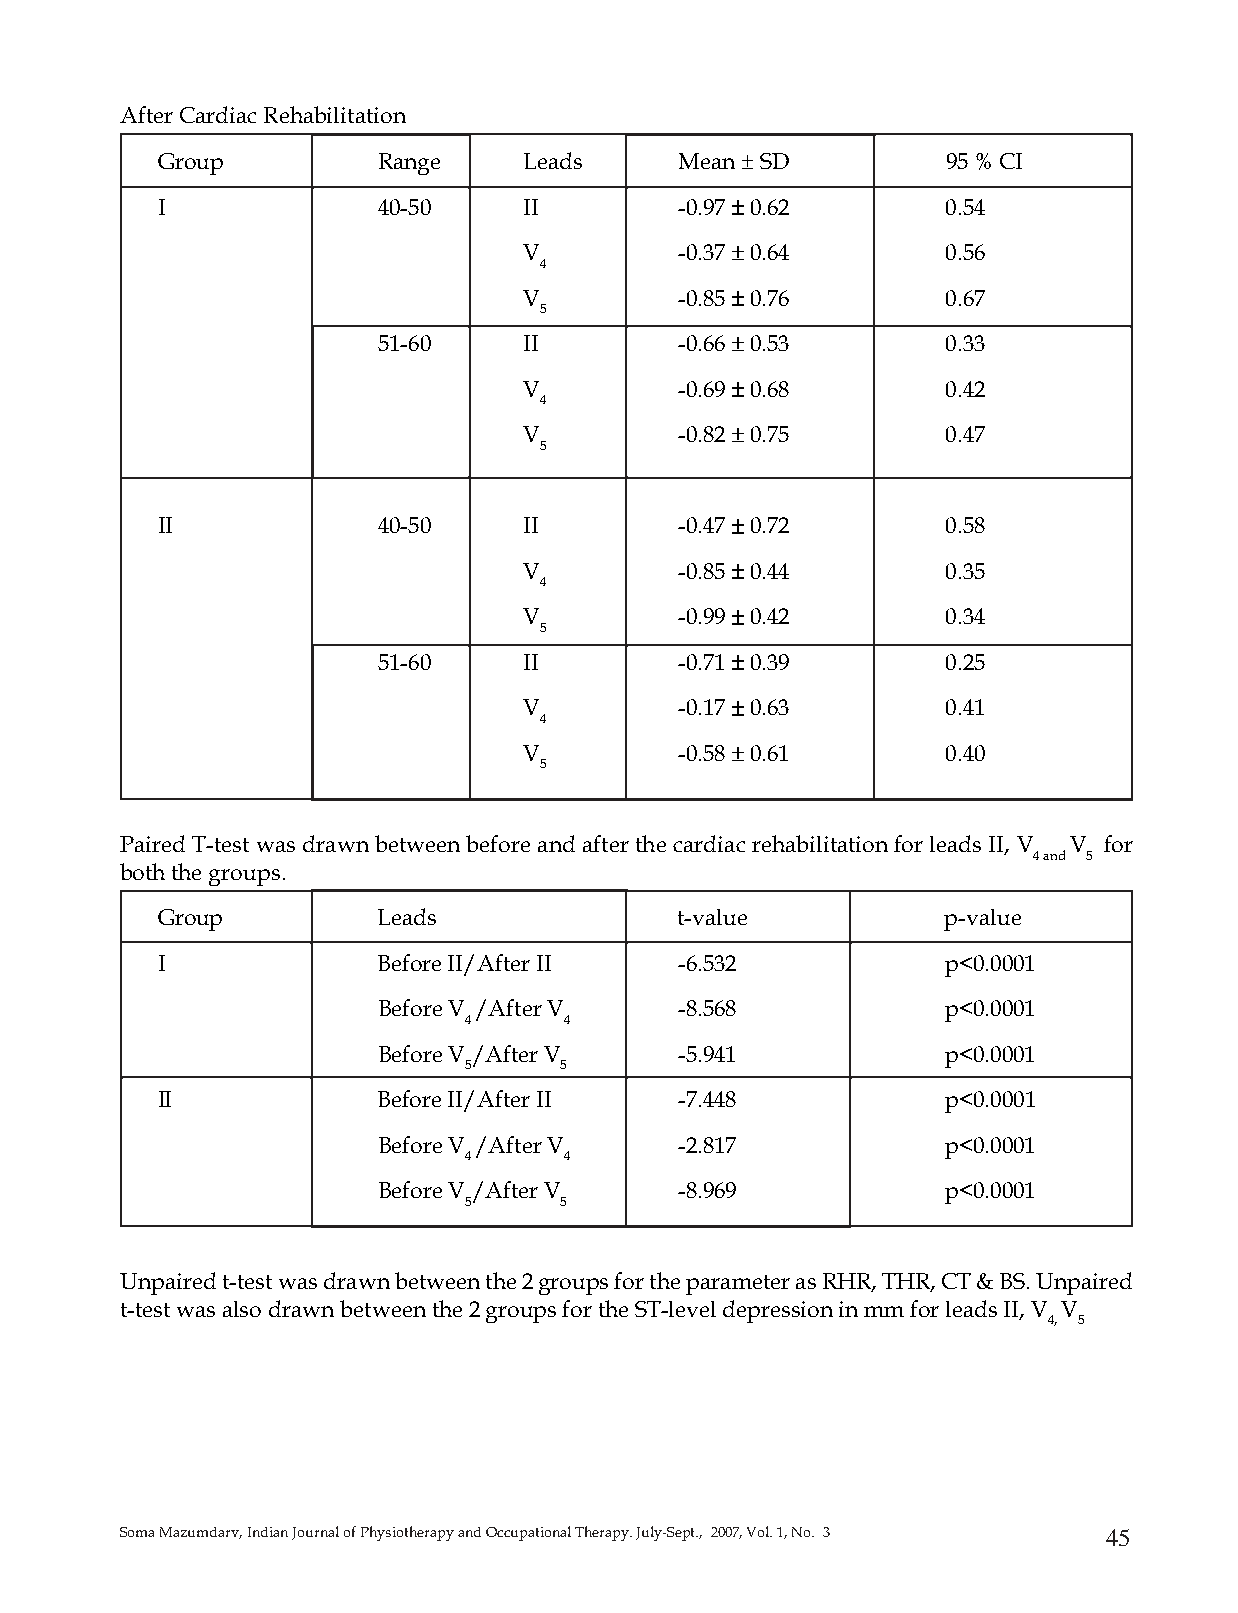
After Cardiac Rehabilitation
 Group          Range     Leads     Mean – SD         95 % CI
 I              40-50     II        -0.97 ––––– 0.62  0.54
 V         -0.37 ––––– 0.64  0.56
 4
 V         -0.85 ––––– 0.76  0.67
 5
 51-60     II        -0.66 ––––– 0.53  0.33
 V         -0.69 ––––– 0.68  0.42
 4
 V         -0.82 ––––– 0.75  0.47
 5
 II             40-50     II        -0.47 ––––– 0.72  0.58
 V         -0.85 ––––– 0.44  0.35
 4
 V         -0.99 ––––– 0.42  0.34
 5
 51-60     II        -0.71 ––––– 0.39  0.25
 V         -0.17 ––––– 0.63  0.41
 4
 V         -0.58 ––––– 0.61  0.40
 5
 Paired T-test was drawn between before and after the cardiac rehabilitation for leads II, V V for
 4 and 5
 both the groups.
 Group          Leads               t-value           p-value
 I              Before II/After II  -6.532            p<0.0001
 Before V /After V   -8.568            p<0.0001
 4     4
 Before V /After V   -5.941            p<0.0001
 5     5
 II             Before II/After II  -7.448            p<0.0001
 Before V /After V   -2.817            p<0.0001
 4     4
 Before V /After V   -8.969            p<0.0001
 5     5
 Unpaired t-test was drawn between the 2 groups for the parameter as RHR, THR, CT & BS. Unpaired
 t-test was also drawn between the 2 groups for the ST-level depression in mm for leads II, V V
 4, 5
 Soma Mazumdarv, Indian Journal of Physiotherapy and Occupational Therapy. July-Sept., 2007, Vol. 1, No. 3 45